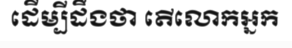
ដើម្បីដឹងថា តើលោកអ្នក